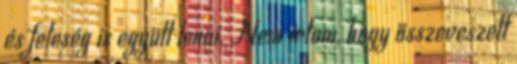
és feleség is együtt lenni. Nem írtam, hogy összeveszett